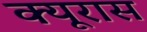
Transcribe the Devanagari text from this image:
क्यूरास